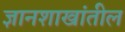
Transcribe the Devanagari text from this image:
ज्ञानशाखांतील